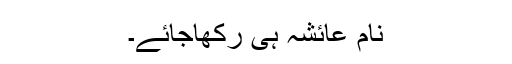
نام عائشہ ہی رکھاجائے۔